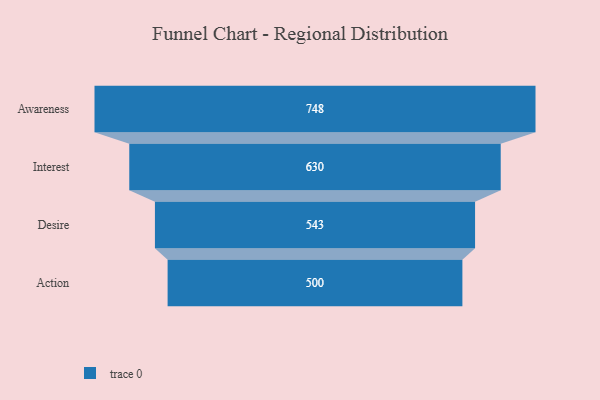
{"axis": {"x": "Stage", "y": "Value"}, "legend": [""], "data": [{"x": "Awareness", "y": 748.0, "type": ""}, {"x": "Interest", "y": 630.0, "type": ""}, {"x": "Desire", "y": 543.0, "type": ""}, {"x": "Action", "y": 500, "type": ""}]}